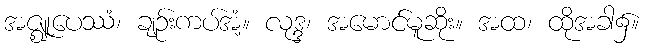
အဇ္ဈုပေဿံ၊ ချဉ်းကပ်အံ့။ လုဒ္ဒ၊ အမောင်မူဆိုး။ အထ၊ ထိုအခါ၌။